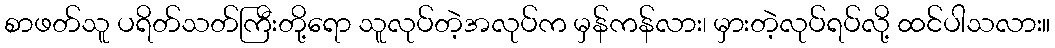
စာဖတ်သူ ပရိတ်သတ်ကြီးတို့ရော သူလုပ်တဲ့အလုပ်က မှန်ကန်လား၊ မှားတဲ့လုပ်ရပ်လို့ ထင်ပါသလား။